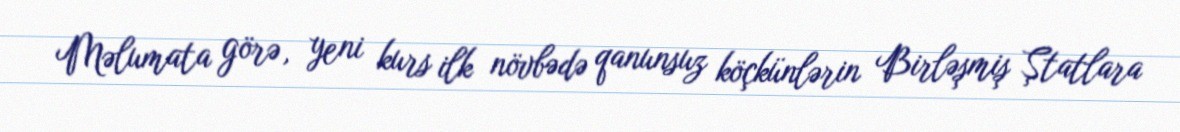
Məlumata görə, yeni kurs ilk növbədə qanunsuz köçkünlərin Birləşmiş Ştatlara